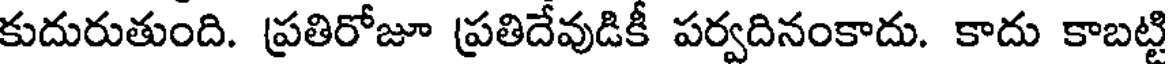
కుదురుతుంది. ప్రతిరోజూ ప్రతిదేవుడికీ పర్వదినంకాదు. కాదు కాబట్టి